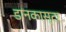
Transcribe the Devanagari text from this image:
डानकास्टर